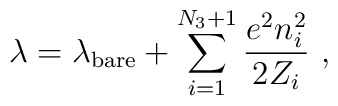
\lambda = \lambda_{\rm bare} + \sum_{i=1}^{N_3+1}\frac{e^2 n_i^2}{2 Z_i} \ ,